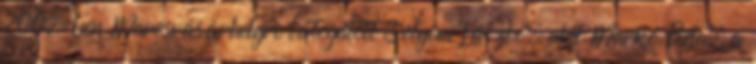
2007-ben Marosvásárhelyre látogatott Sólyom László, akit Markó Béla, a